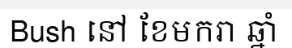
Bush នៅ ខែមករា ឆ្នាំ